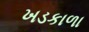
ખડકાળા